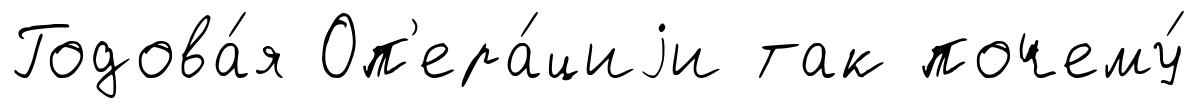
Годова́я Оп'ера́циjи так почему́